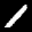
Label: 1